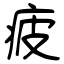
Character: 疲